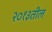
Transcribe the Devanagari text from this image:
२०१३तील